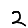
Digit: 2